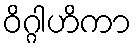
ဝိဂ္ဂါဟိကာ